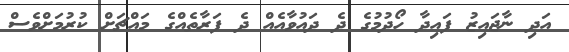
އަދި ނާޖައިޒު ފައިދާ ހޯދުމުގެ ދެ ދައުވާއެއް ދެ ފަރާތެއްގެ މައްޗަށް ކުރުމަށްވެސް